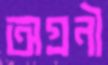
অগ্রনী